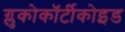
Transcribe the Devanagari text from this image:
ग्लुकोकॉर्टीकोइड